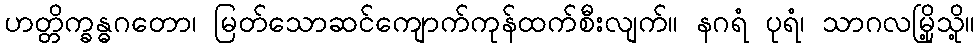
ဟတ္တိက္ခန္ဓဂတော၊ မြတ်သောဆင်ကျောက်ကုန်ထက်စီးလျက်။ နဂရံ ပုရံ၊ သာဂလမြို့သို့။